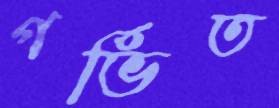
গর্ভিত